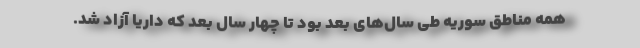
همه مناطق سوریه طی سال‌های بعد بود تا چهار سال بعد که داریا آزاد شد.